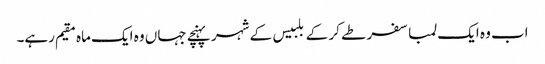
اب وہ ایک لمبا سفر طے کر کے بلبیس کے شہر پہنچے جہاں وہ ایک ماہ مقیم رہے۔